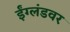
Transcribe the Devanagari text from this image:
ईंग्लंडवर